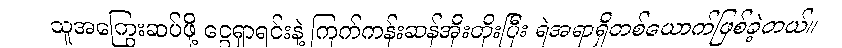
သူအကြွေးဆပ်ဖို့ ငွေရှာရင်းနဲ့ ကြက်ကန်းဆန်အိုးတိုးပြီး ရဲအရာရှိတစ်ယောက်ဖြစ်ခဲ့တယ်။